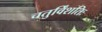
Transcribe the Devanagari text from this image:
चतुर्विंशतिः